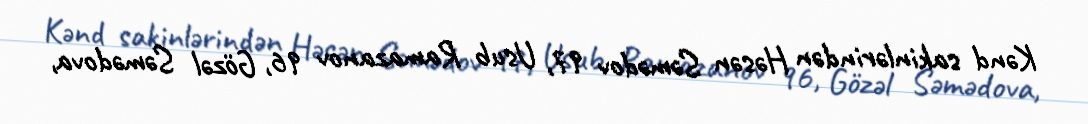
Kənd sakinlərindən Həsən Səmədov 97, Usub Ramazanov 96, Gözəl Səmədova,